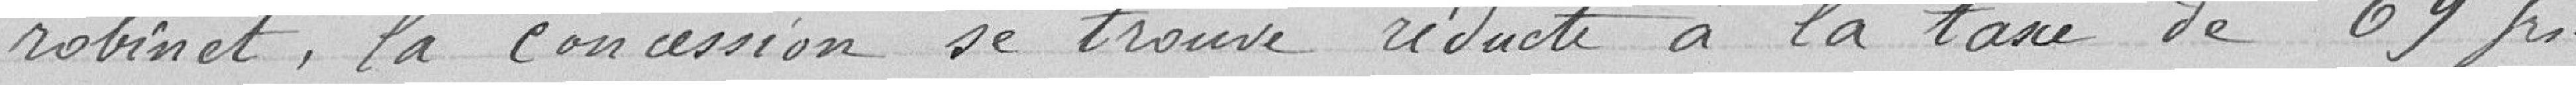
robinet, la concession se trouve réduite à la taxe de 69 francs.